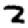
Digit: 2